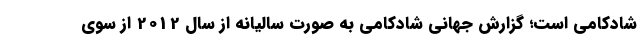
شادکامی است؛ گزارش جهانی شادکامی به صورت سالیانه از سال 2012 از سوی